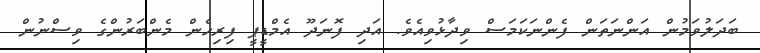
ބަދަލުވަމުން އަންނަތަން ފެންނަކަމަސް ވިދާޅުވިއެވެ. އަދި ފޮނަދޫ އެމްޑީޕީ ފިރިހެން މެންބަރުންގެ ވިސްނުން